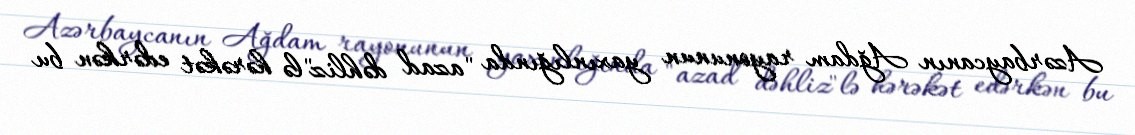
Azərbaycanın Ağdam rayonunun yaxınlığında "azad dəhliz"lə hərəkət edərkən bu